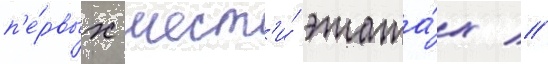
п'е́рвых шест'и́ этажа́х //